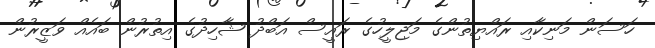
ހަސަން މަނިކާއި ރައްޔިތުންގެ މަޖިލީހުގެ ރައީސް އަބްދު ޝާހިދުގެ އިތުރުން ބައެއް ވަޒީރުން